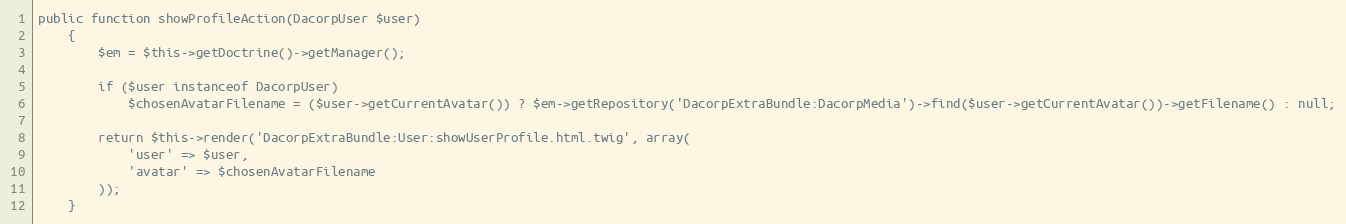
Language: PHP
public function showProfileAction(DacorpUser $user)
    {
        $em = $this->getDoctrine()->getManager();

        if ($user instanceof DacorpUser)
            $chosenAvatarFilename = ($user->getCurrentAvatar()) ? $em->getRepository('DacorpExtraBundle:DacorpMedia')->find($user->getCurrentAvatar())->getFilename() : null;

        return $this->render('DacorpExtraBundle:User:showUserProfile.html.twig', array(
            'user' => $user,
            'avatar' => $chosenAvatarFilename
        ));
    }